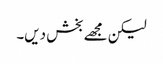
لیکن مجھے بخش دیں۔